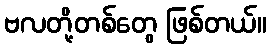
ဗလတို့တစ်တွေ ဖြစ်တယ်။